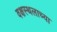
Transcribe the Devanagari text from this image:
वक्षस्थलाच्या